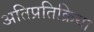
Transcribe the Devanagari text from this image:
अतिप्रतिक्रिया